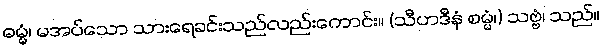
ဓမ္မံ၊ မအပ်သော သားရေခင်းသည်လည်းကောင်း။ (သီဟဒီနံ စမ္မံ၊) သဗ္ဗံ၊ သည်။